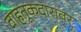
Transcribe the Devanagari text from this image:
वाहतूकदारावर